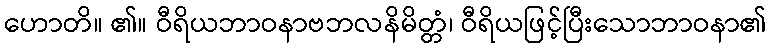
ဟောတိ။ ၏။ ဝီရိယဘာဝနာဗဘလနိမိတ္တံ၊ ဝီရိယဖြင့်ပြီးသောဘာဝနာ၏